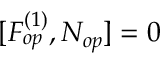
[ F _ { o p } ^ { ( 1 ) } , N _ { o p } ] = 0